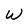
Character: W